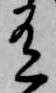
有